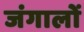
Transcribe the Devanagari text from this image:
जंगालों